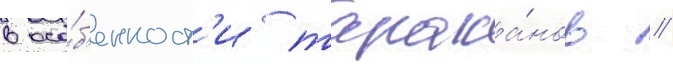
в осо́б'енност'и тарака́нов //